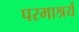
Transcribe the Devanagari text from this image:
परमाश्रर्य